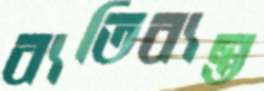
ব্যতিব্যস্ত